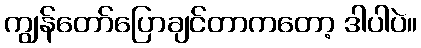
ကျွန်တော်ပြောချင်တာကတော့ ဒါပါပဲ။